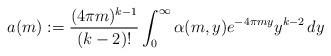
LaTeX: \begin{align*} a(m) := \frac{(4\pi m)^{k-1}}{(k-2)!} \int_0^\infty \alpha(m,y) e^{-4\pi m y} y^{k-2} \, dy\end{align*}